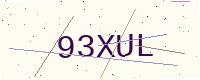
Text: 93XUL